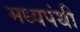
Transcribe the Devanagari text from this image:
मध्यपंथी